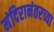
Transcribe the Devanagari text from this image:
मंदिरानंतरच्या